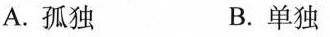
A.孤独 B.单独